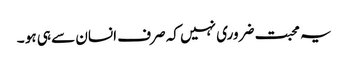
یہ محبت ضروری نہیں کہ صرف انسان سے ہی ہو ۔